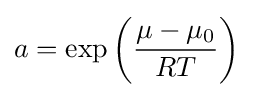
a=\exp \left({\frac {\mu -\mu _{0}}{RT}}\right)